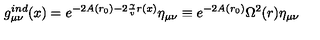
g _ { \mu \nu } ^ { i n d } ( x ) = e ^ { - 2 A ( r _ { 0 } ) - 2 \frac { \gamma } { v } r ( x ) } \eta _ { \mu \nu } \equiv e ^ { - 2 A ( r _ { 0 } ) } \Omega ^ { 2 } ( r ) \eta _ { \mu \nu }